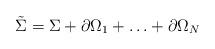
LaTeX: \begin{align*}\tilde \Sigma = \Sigma + \partial \Omega_1 + \ldots + \partial \Omega_N \end{align*}